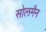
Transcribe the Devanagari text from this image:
सोलमैन